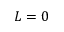
L = 0